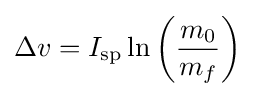
\Delta v=I_{\mathrm {sp} }\ln \left({\frac {m_{0}}{m_{f}}}\right)